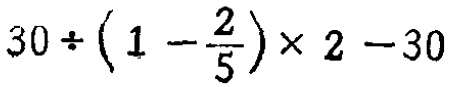
$30\div\left(1 - \frac{2}{5}\right)\times 2 - 30$